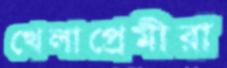
খেলাপ্রেমীরা